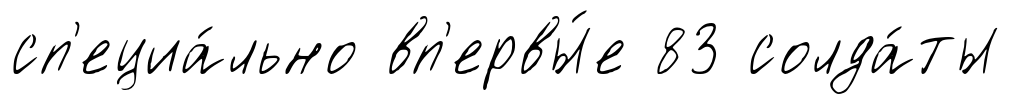
сп'ециа́льно вп'ервы́е 83 солда́ты